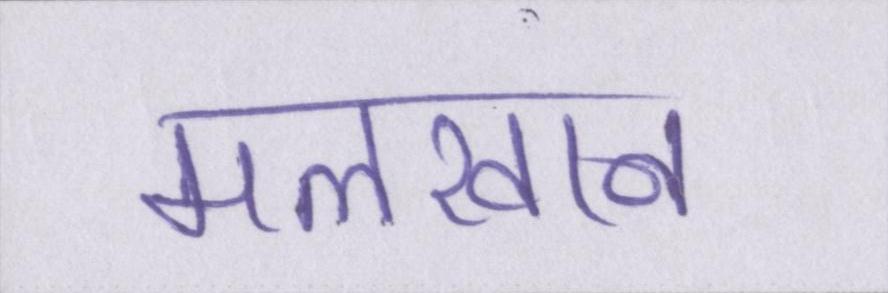
मलखान